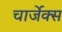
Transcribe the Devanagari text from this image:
चार्जेक्स